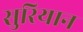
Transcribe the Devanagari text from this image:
सुरियान